Scottish Leaving Certificate Examination, 1954
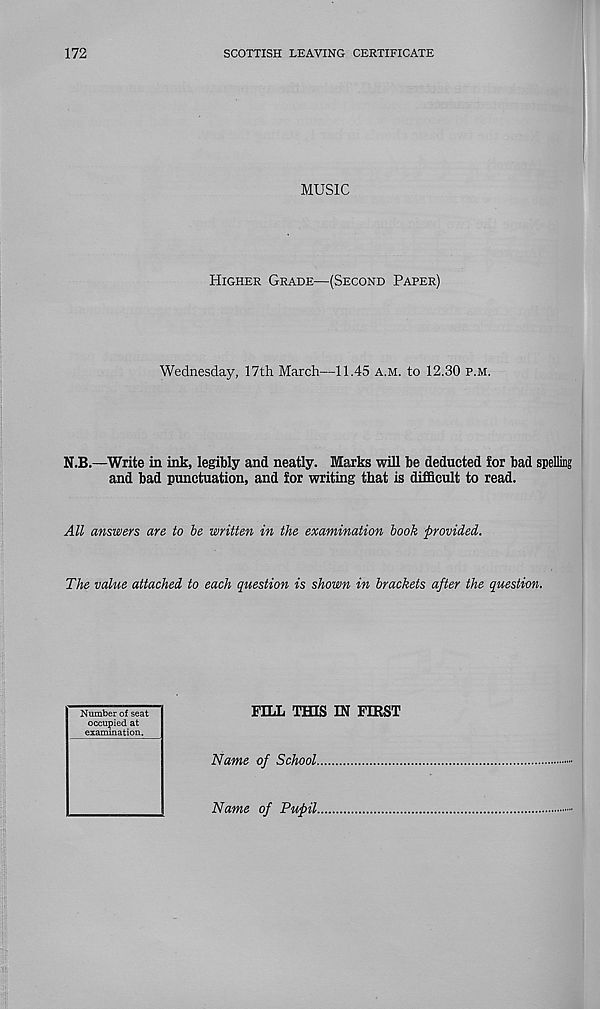
172
SCOTTISH LEAVING CERTIFICATE
MUSIC
Higher Grade—(Second Paper)
Wednesday, 17th March—11.45 a.m. to 12.30 p.m.
N.B.—Write in ink, legibly and neatly. Marks will be deducted for bad spelling
and bad punctuation, and for writing that is difficult to read.
All answers are to be written in the examination book provided.
The value attached to each question is shown in brackets after the question.
Number of seat
occupied at
examination.
FILL THIS IN FIRST
Name of School.
Name of Pupil.